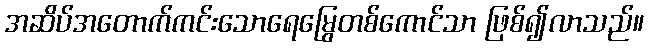
အဆိပ်အတောက်ကင်းသောရေမြွေတစ်ကောင်သာ ဖြစ်၍လာသည်။